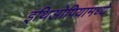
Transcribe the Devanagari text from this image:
इथिओपियामध्ये